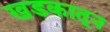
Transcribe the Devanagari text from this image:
खडकातून